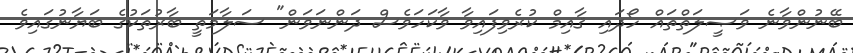
ބޭނުންވާނެ ވަޞީލަތްތައް ހޯދައި ޤާއިމް ކުރެވިފައިވާ ވާކަހަވެސް ދަންނަވަން" ސަލާމަތީ ބާރުތަކުގެ ބަޔާނުގައިވެ